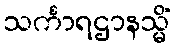
သင်္ကာရဌာနသ္မိံ